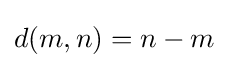
d(m,n)=n-m